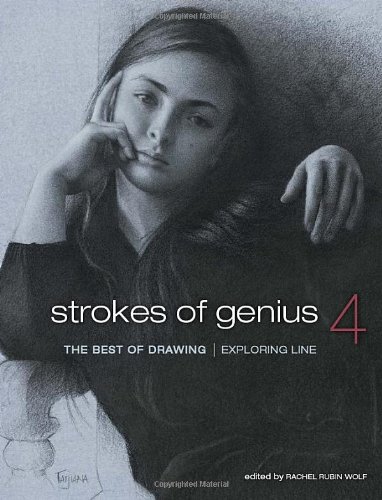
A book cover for Strokes of Genius 4: Exploring Line (Strokes of Genius: The Best of Drawing); Arts & Photography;